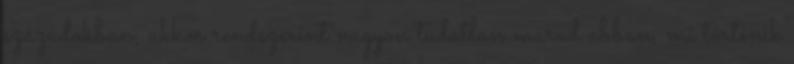
századokban, akkor rendszerint nagyon tudatlan marad abban, mi történik